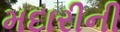
મદારીની